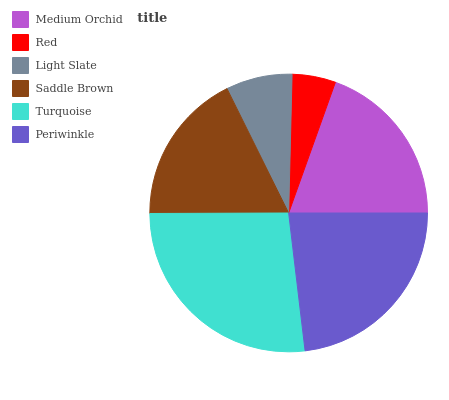
| Medium Orchid | Red | Light Slate | Saddle Brown | Turquoise | Periwinkle |
 | --- | --- | --- | --- | --- | --- |
 | 19.6% | 5.08% | 7.72% | 17.7% | 26.9% | 23.1% |